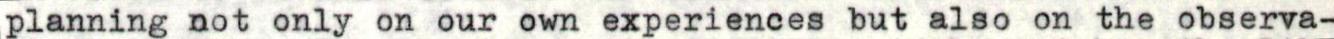
planning not only on our own experiences but also on the observa-